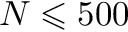
N \leqslant 5 0 0